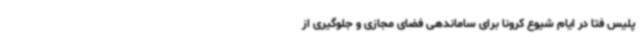
پلیس فتا در ایام شیوع کرونا برای ساماندهی فضای مجازی و جلوگیری از